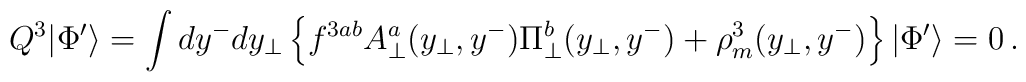
Q^3 |\Phi ' \rangle =\int dy^{-}dy_{\bot}\left \{ f^{3ab} A^a_{\bot}(y_{\bot}, y^-) \Pi^b_{\bot}(y_{\bot}, y^-)+ \rho^3_m(y_{\bot}, y^-)  \right \} |\Phi ' \rangle =0 \,.